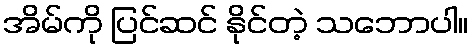
အိမ်ကို ပြင်ဆင် နိုင်တဲ့ သဘောပါ။